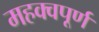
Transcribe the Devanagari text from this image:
महक्वपूर्ण